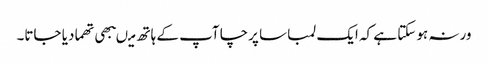
ورنہ ہو سکتا ہے کہ ایک لمبا سا پرچا آپ کے ہاتھ میںبھی تھما دیا جاتا۔